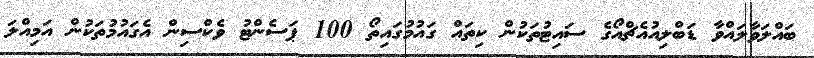
ބައްލަވާލައްވާ ޑަބްލިއުއެޗްއޯގެ ސައިޓުތަކުން ކިތައް ގައުމުގައިތޯ 100 ޕަސެންޓު ވެކްސިން އެގައުމުތަކުން އަމިއްލަ